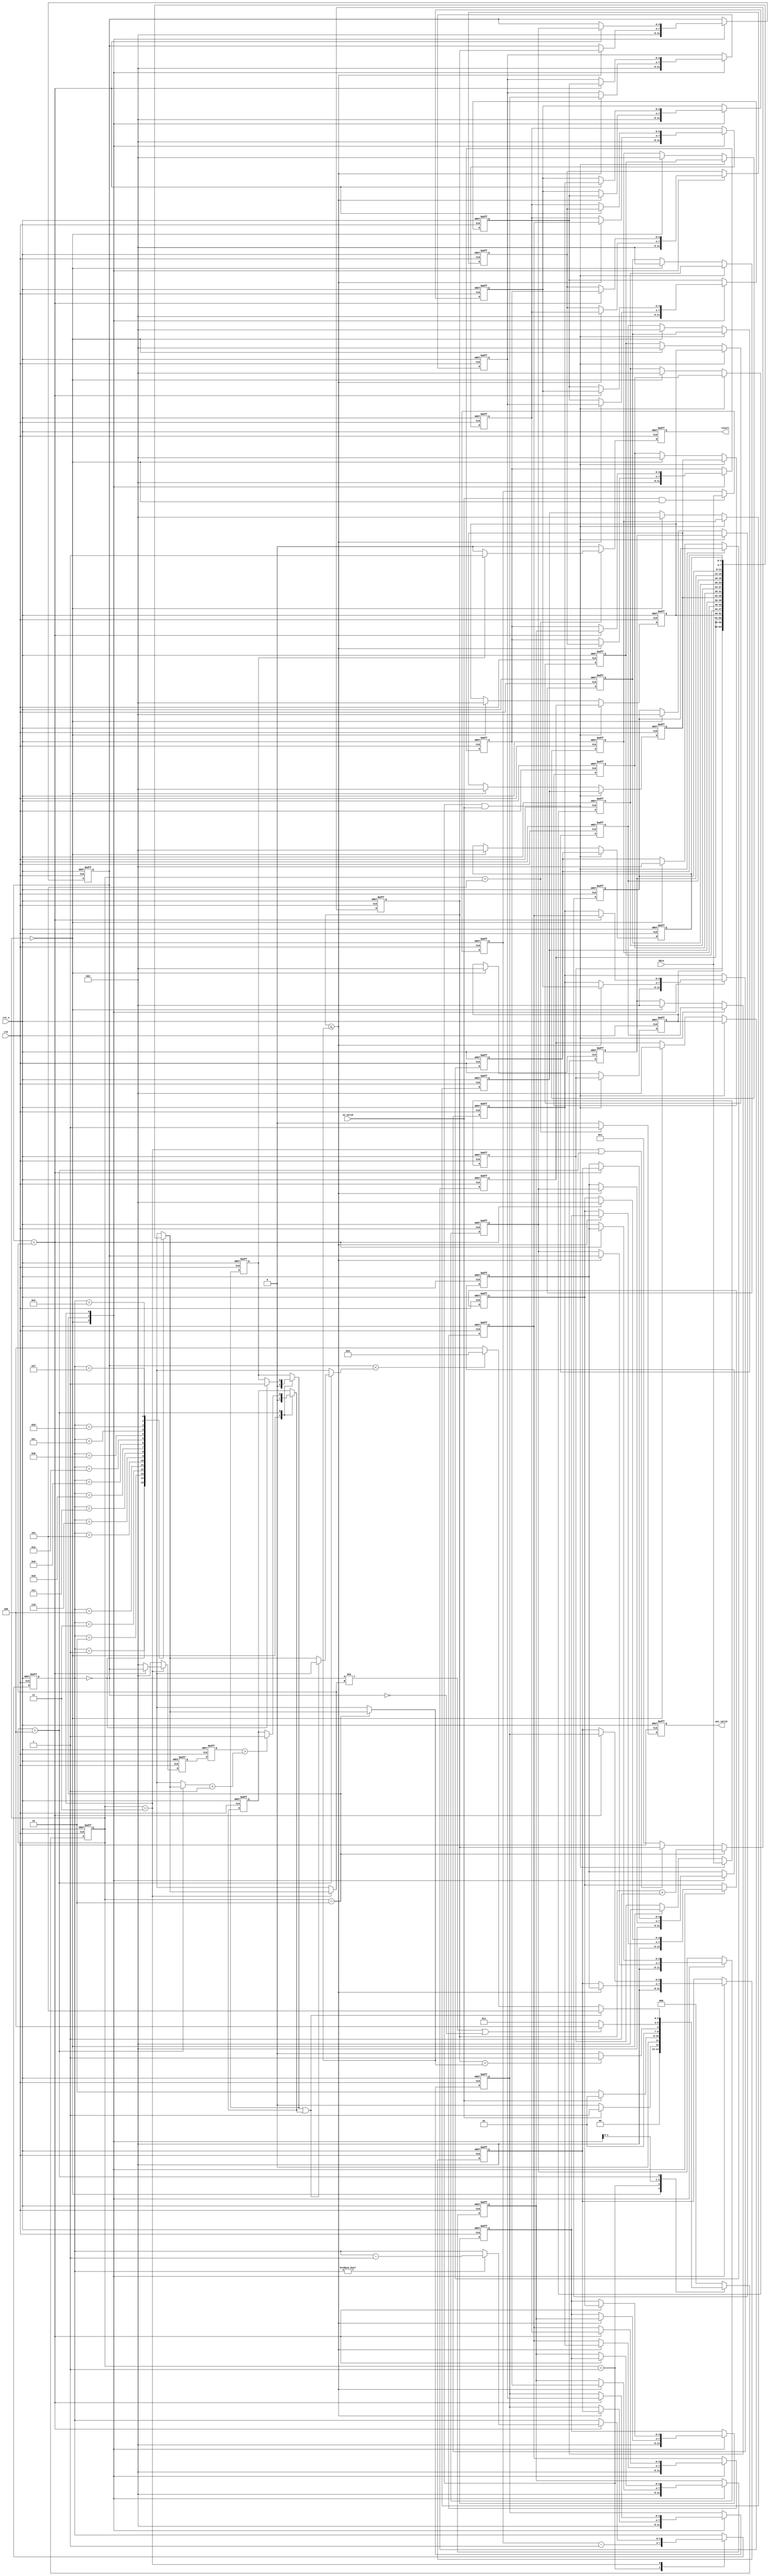
module Train(
    //Input Port
    clk,
    rst_n,
	in_valid,
	data,

    //Output Port
    out_valid,
	result
);

input        clk;
input 	     in_valid;
input        rst_n;
input  [3:0] data;
output   reg out_valid;
output   reg result; 

//--------------------reg/wire declaration-----------------------//

parameter IDLE  = 'd0;
parameter INPUT = 'd1;
parameter PUT_IN  = 'd2;
parameter TAKE_OUT = 'd3;
parameter COMP  = 'd4;
parameter OUTPUT= 'd5;

reg [2:0] curr_state, next_state;

//INPUT
reg [3:0] num_carriage;
reg [3:0] order[0:15];
integer i, j;

//CALC
reg [3:0] ptr, ptr_comb;
reg [3:0] cnt_num;
reg [3:0] queue[0:15];
reg [3:0] queue_comb[0:15];
reg [3:0] queue_ptr, queue_ptr_comb;
reg false_result, false_result_comb;
reg true_result, true_result_comb;
reg [3:0] thrown, thrown_comb, thrown_d1;


//OUTPUT
reg out_valid_comb, result_comb;

wire smaller = thrown<cnt_num;


//-------------------FSM-------------------------------//

reg [3:0] cnt_state;

always @(posedge clk or negedge rst_n) begin
    if(!rst_n)  cnt_state <= 'd0;
    else if(curr_state!=next_state) cnt_state <= 'd0;
    else    cnt_state <= cnt_state + 'd1;
end

always @(posedge clk or negedge rst_n) begin
    if(!rst_n)  curr_state <= IDLE;
    else        curr_state <= next_state;
end
always @(*) begin
    case(curr_state)
        IDLE: begin
            if(in_valid)    next_state = INPUT;
            else            next_state = IDLE;
        end
        INPUT: begin
            if(!in_valid)   next_state = PUT_IN;
            else            next_state = INPUT;
        end
        PUT_IN: begin
            if(cnt_num==order[ptr]) next_state = TAKE_OUT;
            else                    next_state = PUT_IN;
        end
        TAKE_OUT: begin
            //if(!ptr)    next_state = OUTPUT;
            ////else if(thrown==order[ptr+'d1]) next_state = PUT_IN; // && cnt_state
            //else if(!queue_ptr) next_state = PUT_IN; // || thrown<cnt_num // || order[ptr]>thrown
            //else if(false_result)   next_state = OUTPUT;
            //else        next_state = TAKE_OUT;
            if(queue[0]!=order[ptr] || queue[0]==0)    next_state = COMP;
            else                        next_state = TAKE_OUT;
        end
        COMP: begin
            if(true_result_comb || false_result_comb) next_state = OUTPUT;
            else if(queue[0] < order[ptr])   next_state = PUT_IN;
            else    next_state = COMP;
        end
        OUTPUT: begin
            next_state = IDLE;
        end
        default: begin
            next_state = IDLE;
        end
    endcase
end

//-------------------INPUT-------------------------------//

//num_carriage
always @(posedge clk or negedge rst_n) begin
    if(!rst_n)  num_carriage <= 'd0;
    else begin
        if(in_valid && curr_state==IDLE)    num_carriage <= data;
        else                                num_carriage <= num_carriage;
    end
end
//order
always @(posedge clk or negedge rst_n) begin
    if(!rst_n) begin
        for(i=0; i<16; i=i+1) begin
            order[i] <= 'd0;
        end
    end
    else begin
        if(curr_state==INPUT && in_valid) begin
            order[0] <= data;
            for(j=0; j<16; j=j+1) begin
                order[j+1] <= order[j];
            end
        end
        else if(curr_state==IDLE) begin
            for(i=0; i<16; i=i+1) begin
                order[i] <= 'd0;
            end
        end
    end
end

//-------------------CALC-------------------------------//

//ptr_order
reg [3:0] ptr_order;
always @(posedge clk or negedge rst_n) begin
    if(!rst_n)  ptr_order <= 'd0;
    else begin
        if(curr_state==INPUT)   ptr_order <= num_carriage - 'd1;
        else if(ptr_order=='d0) ptr_order <= 'd0;
        else                    ptr_order <= ptr_order - 'd1;
    end
end


//ptr -> input order place 
always @(posedge clk or negedge rst_n) begin
    if(!rst_n)  ptr <= 'd0;
    else begin
        ptr <= ptr_comb;
    end
end
//cnt_num
always @(posedge clk or negedge rst_n) begin
    if(!rst_n)  cnt_num <= 'd0;
    else begin
        if(curr_state==PUT_IN)  cnt_num <= cnt_num + 'd1;
        else if(curr_state==TAKE_OUT || curr_state==COMP)   cnt_num <= cnt_num;
        else                    cnt_num <= 'd1;
    end
end
//queue
always @(posedge clk or negedge rst_n) begin
    if(!rst_n) begin
        for(i=0; i<16; i=i+1) begin
            queue[i] <= 'd0;
        end
    end
    else begin
        for(j=0; j<16; j=j+1) begin
            queue[j] <= queue_comb[j];
        end
    end
end
//queue_ptr
always @(posedge clk or negedge rst_n) begin
    if(!rst_n)  queue_ptr <= 'd0;
    else        queue_ptr <= queue_ptr_comb;
end

always @(*) begin
    for(i=0;i<16;i=i+1) queue_comb[i] = queue[i];
    queue_ptr_comb = queue_ptr;
    ptr_comb = ptr;
    thrown_comb = 'd0;
    true_result_comb = true_result;
    false_result_comb = false_result;

    case(curr_state)
        IDLE: begin
            for(i=0;i<16;i=i+1) queue_comb[i] = 'd0;
            queue_ptr_comb = 'd0;
            true_result_comb = 'd0;
            false_result_comb = 'd0;
        end
        INPUT: begin
            ptr_comb = num_carriage - 'd1;;
        end
        PUT_IN: begin
            if(cnt_num <= order[ptr]) begin
                queue_comb[0] = cnt_num;
                for(i=0;i<16;i=i+1) queue_comb[i+1] = queue[i];
                queue_ptr_comb = queue_ptr + 'd1;
            end
        end
        TAKE_OUT: begin
            if(queue[0]==order[ptr]) begin
                for(i=0;i<15;i=i+1) queue_comb[i] = queue[i+1];
                queue_comb[15] = 'd0;
                if(ptr!=0)  ptr_comb = ptr - 'd1;
                queue_ptr_comb = queue_ptr - 'd1;
                thrown_comb = queue[0];
            end
        end
        COMP: begin
            if(ptr==0)  true_result_comb = 1;
            if(thrown_d1 > order[ptr]+'d1)  false_result_comb = 1;
            
        end
        default: begin

        end
    endcase
end
//false_result
always @(posedge clk or negedge rst_n) begin
    if(!rst_n)  false_result <= 1'b0;
    else begin
        //if(curr_state==TAKE_OUT && queue[0]!=order[ptr] && ptr)    false_result <= 1'b1;
        ////else if()
        //else if(curr_state==IDLE || curr_state==PUT_IN)   false_result <= 1'b0;
        //else    false_result <= false_result;
        false_result <= false_result_comb;
    end
end
//true_result
always @(posedge clk or negedge rst_n) begin
    if(!rst_n)  true_result <= 'd0;
    else begin
        //if(curr_state==TAKE_OUT && !ptr && !queue[1]) true_result <= 1'b1;
        //else if(curr_state==IDLE)    true_result <= 1'b0;
        //else    true_result <= true_result;
        true_result <= true_result_comb;
    end
end

//queue throw
always @(posedge clk or negedge rst_n) begin
    if(!rst_n)  thrown <= 'd0;
    else        thrown <= thrown_comb;
end
always @(posedge clk or negedge rst_n) begin
    if(!rst_n)  thrown_d1 <= 'd0;
    else        thrown_d1 <= thrown;
end


//-------------------OUTPUT-------------------------------//

always @(posedge clk or negedge rst_n) begin
    if(!rst_n) begin
        out_valid <= 1'b0;
        result <= 1'b0;
    end
    else begin
        out_valid <= out_valid_comb;
        result <= result_comb;
    end
end

always @(*) begin
    out_valid_comb = 1'b0;
    result_comb = 1'b0;
    if(curr_state==OUTPUT) begin
        out_valid_comb = 1'b1;
        //result_comb = 1'b1;
        //if(true_result) result_comb = 1'b1; //
        //if(false_result) result_comb = 1'b0;
        //if(positive || pat_result)    result_comb = 1'b1;
        if(true_result)             result_comb = 1'b1;
        else                        result_comb = 1'b0;
    end
end


endmodule